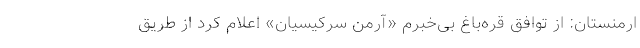
ارمنستان: از توافق قره‌باغ بی‌خبرم «آرمن سرکیسیان» اعلام کرد از طریق